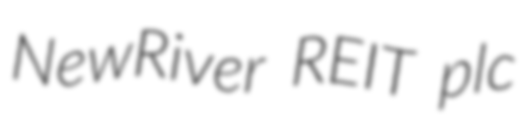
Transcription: NewRiver REIT plc